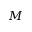
M